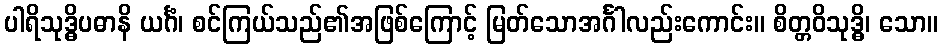
ပါရိသုဒ္ဓိပဓာနိ ယင်္ဂံ၊ စင်ကြယ်သည်၏အဖြစ်ကြောင့် မြတ်သောအင်္ဂါလည်းကောင်း။ စိတ္တဝိသုဒ္ဓိ၊ သော။